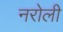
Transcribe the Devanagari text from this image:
नरोली